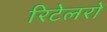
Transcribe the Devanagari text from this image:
रिटेलरों